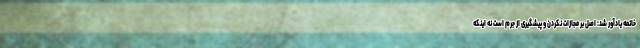
خاتمه یادآور شد: اصل بر مجازات نکردن و پیشگیری از جرم است نه اینکه